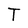
Character: T